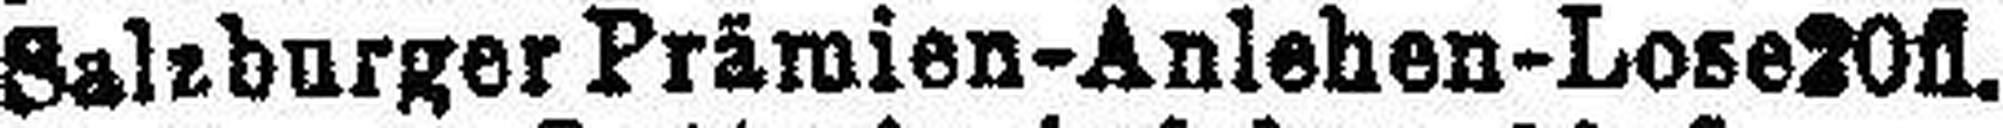
Salzburger Prämien-Anlehen-Lose20fl.